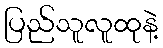
ပြည်သူလူထုနဲ့